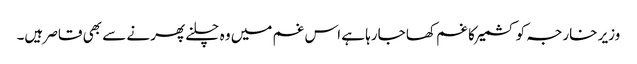
وزیر خارجہ کو کشمیر کا غم کھا جارہا ہے اس غم میں وہ چلنے پھرنے سے بھی قاصر ہیں۔